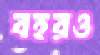
বহরও